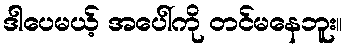
ဒါပေမယ့် အပေါ်ကို တင်မနေဘူး။